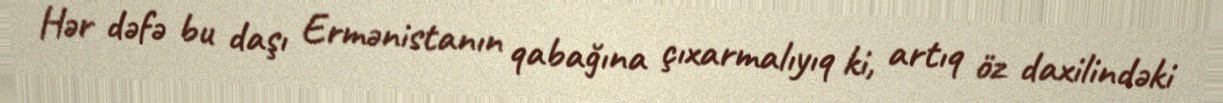
Hər dəfə bu daşı Ermənistanın qabağına çıxarmalıyıq ki, artıq öz daxilindəki